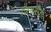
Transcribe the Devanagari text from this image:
ज़िगमौंडी